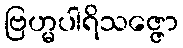
ဗြဟ္မပါရိသဇ္ဇော